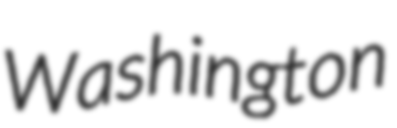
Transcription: Washington